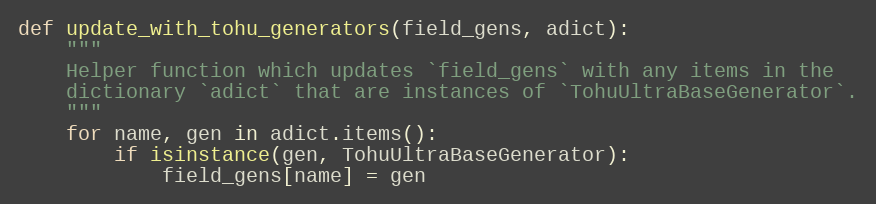
Language: Python
def update_with_tohu_generators(field_gens, adict):
    """
    Helper function which updates `field_gens` with any items in the
    dictionary `adict` that are instances of `TohuUltraBaseGenerator`.
    """
    for name, gen in adict.items():
        if isinstance(gen, TohuUltraBaseGenerator):
            field_gens[name] = gen